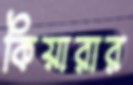
কিয়ারার